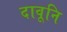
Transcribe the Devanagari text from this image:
दावूनि